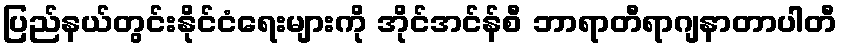
ပြည်နယ်တွင်းနိုင်ငံရေးများကို အိုင်အင်န်စီ ဘာရာတီရာဂျနာတာပါတီ